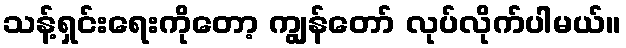
သန့်ရှင်းရေးကိုတော့ ကျွန်တော် လုပ်လိုက်ပါမယ်။